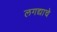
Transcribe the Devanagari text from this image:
लगद्याचे